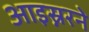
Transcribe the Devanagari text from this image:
आइस्नरने